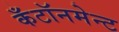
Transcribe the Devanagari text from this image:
कँटॉनमेन्ट